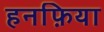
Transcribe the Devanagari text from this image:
हनफ़िया